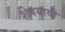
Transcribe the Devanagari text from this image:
शेषयायी